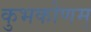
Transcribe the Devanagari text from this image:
कुभकोणम्